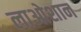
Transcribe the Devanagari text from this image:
लाओशान